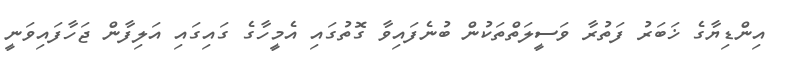
އިންޑިޔާގެ ޚަބަރު ފަތުރާ ވަސީލަތްތަކުން ބުނެފައިވާ ގޮތުގައި އެމީހާގެ ގައިގައި އަލިފާން ޖަހާފައިވަނީ